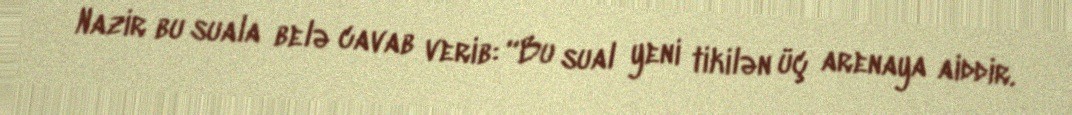
Nazir bu suala belə cavab verib: “Bu sual yeni tikilən üç arenaya aiddir.